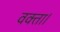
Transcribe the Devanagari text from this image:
वक्ता।